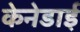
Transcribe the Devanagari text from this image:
केनेडाई